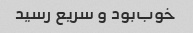
خوب‌بود و سریع رسید